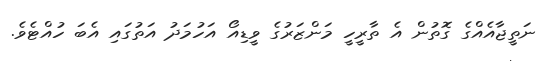
ނަތީޖާއެއްގެ ގޮތުން އެ ތާރީހީ މަންޒަރުގެ ވީޑިއޯ އަހުމަދު އަތުގައި އެބަ ހުއްޓެވެ.